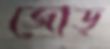
জোড়